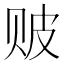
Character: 𬥶